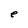
Character: e